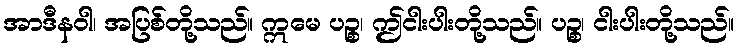
အာဒီနဝါ၊ အပြစ်တို့သည်။ ဣမေ ပဉ္စ၊ ဤငါးပါးတို့သည်။ ပဉ္စ၊ ငါးပါးတို့သည်။